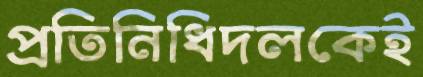
প্রতিনিধিদলকেই